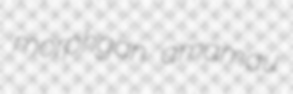
morphgan amamau